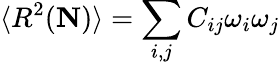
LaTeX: \langle R^{2}({\mathbf N})\rangle=\sum_{i,j}C_{ij}\omega_{i}\omega_{j}